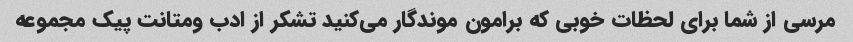
مرسی از شما برای لحظات خوبی که برامون موندگار می‌کنید تشکر از ادب و‌متانت پیک مجموعه